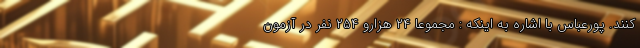
کنند. پورعباس با اشاره به اینکه : مجموعا ۲۴ هزارو ۲۵۴ نفر در آزمون